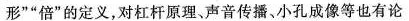
形””倍”的定义，对杠杆原理、声音传播、小孔成像等也有论